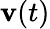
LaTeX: \mathbf{v}(t)